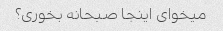
میخوای اینجا صبحانه بخوری؟